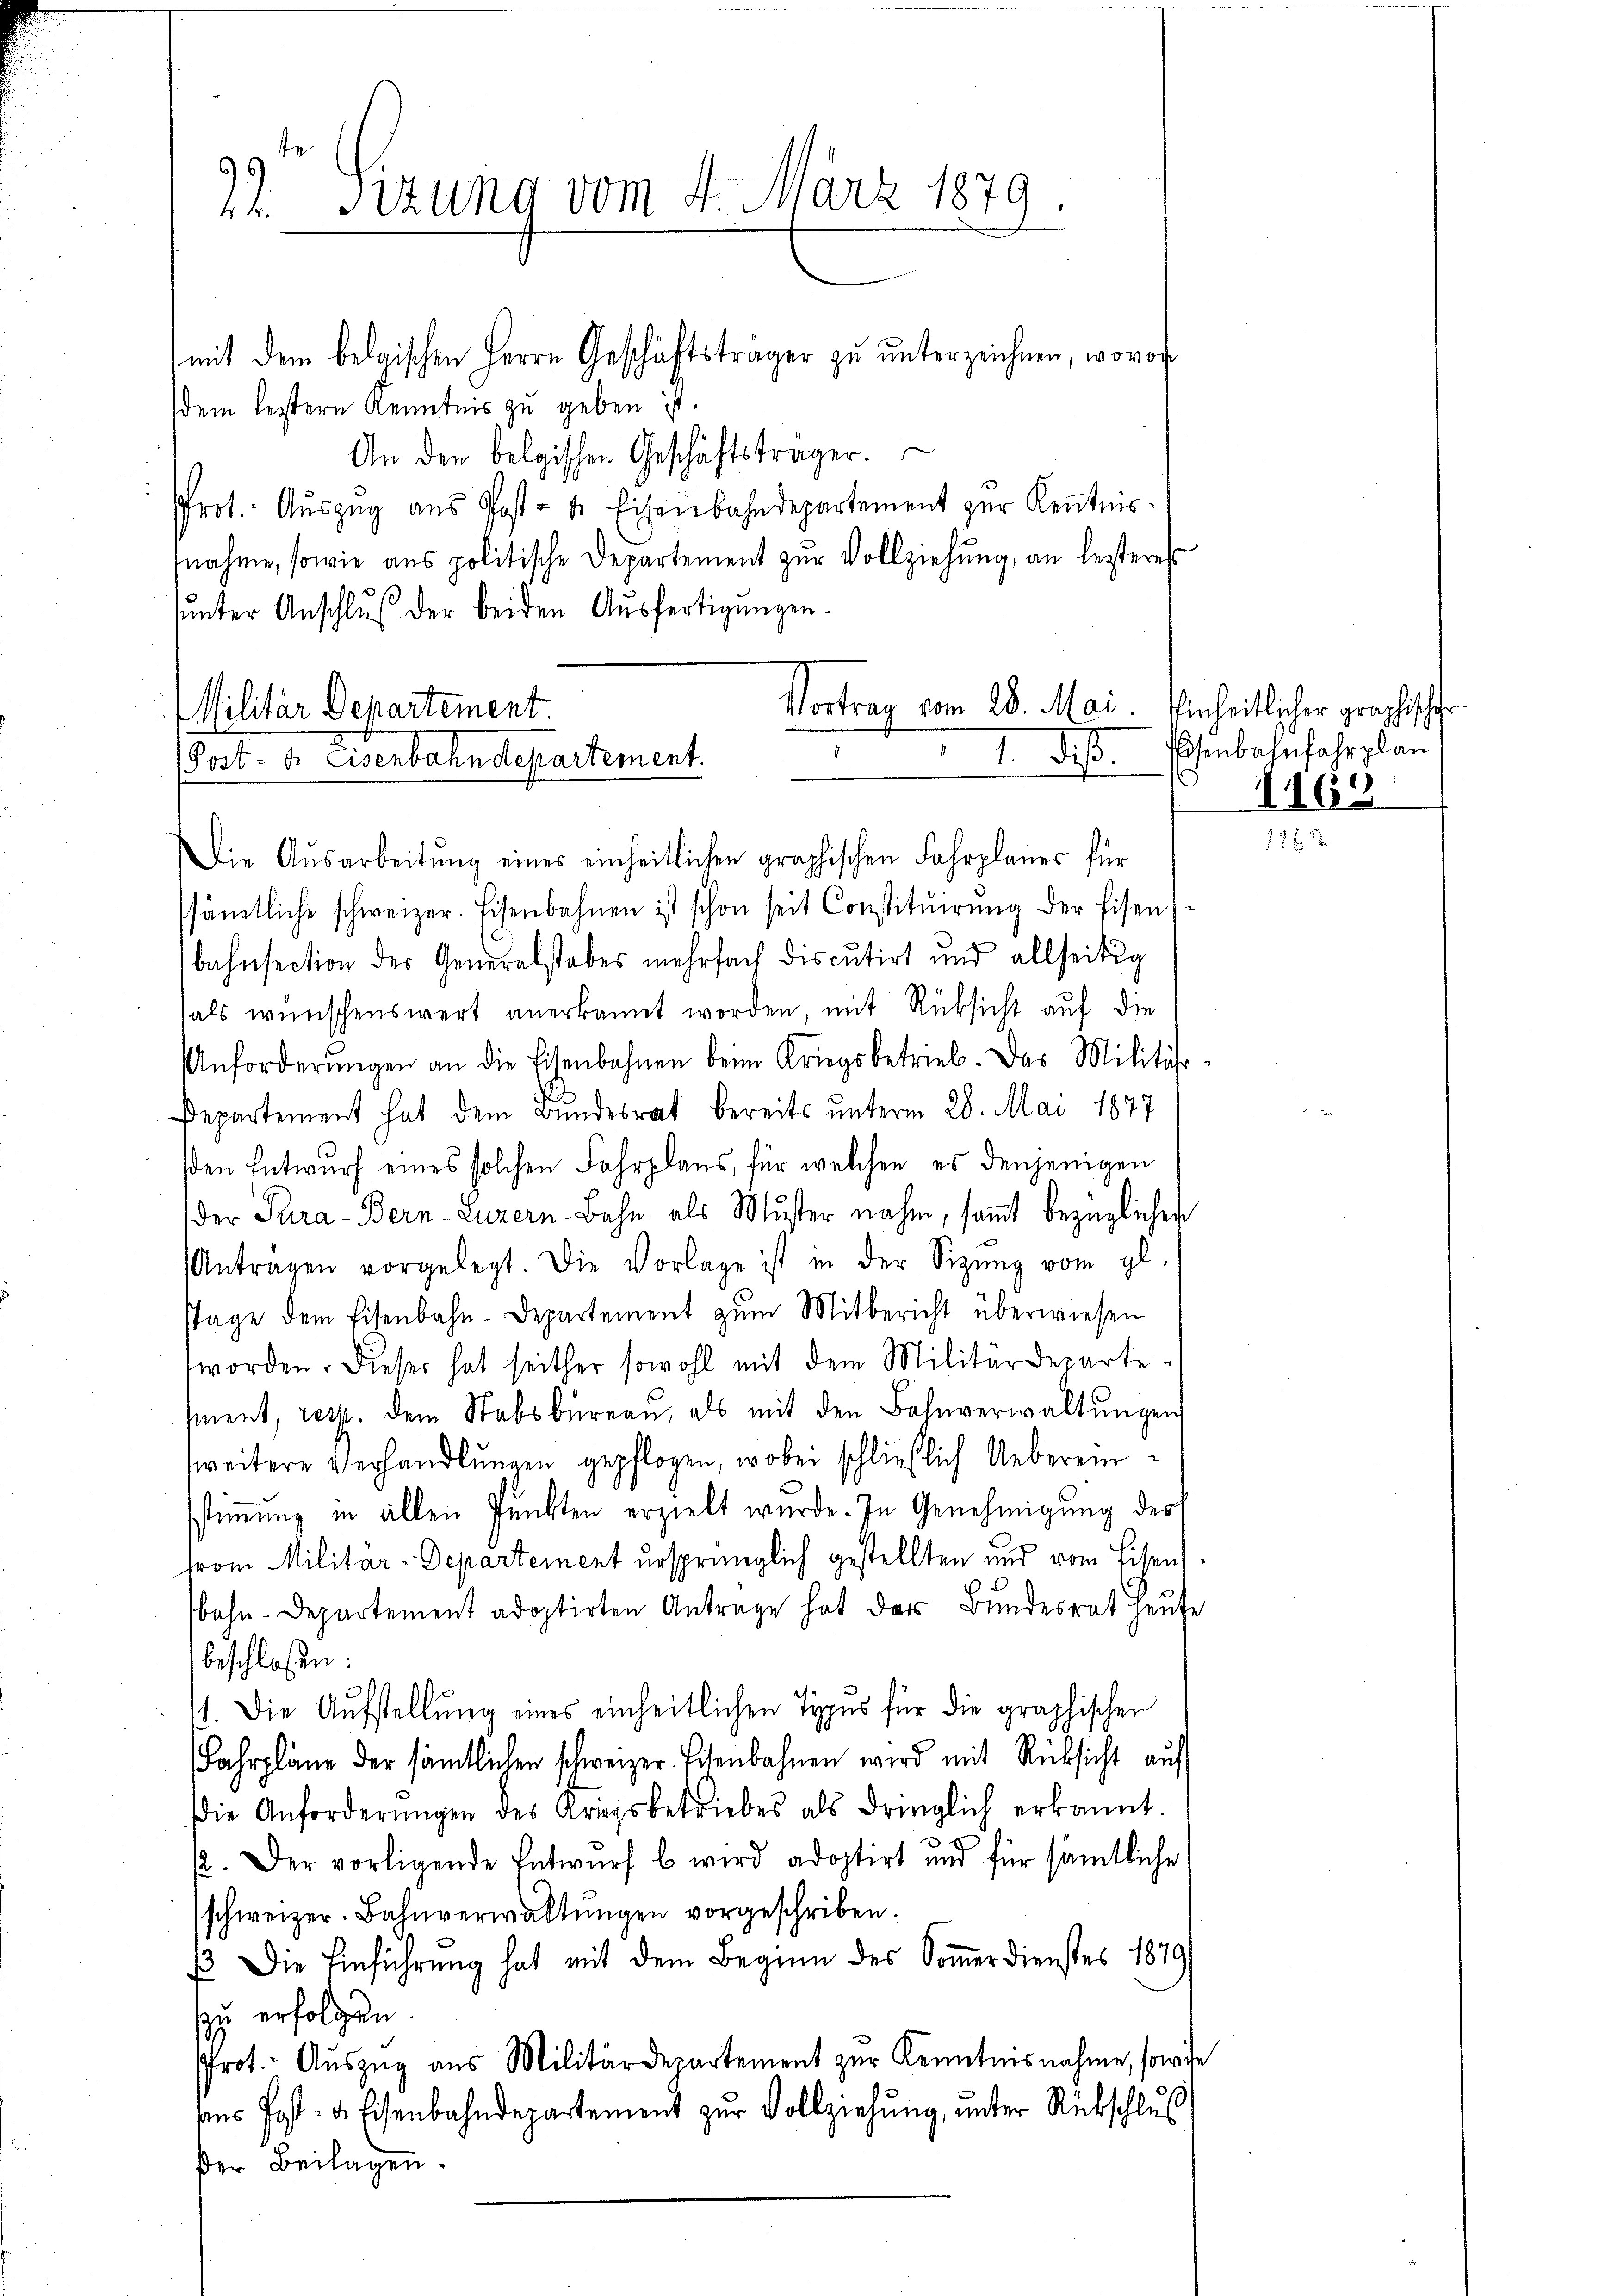
22. Sizung vom 4. März 1870
1

mit dem belgischen Herrn Geschäftsträger zu unterzeichnen, wovon
dem leztern Kenntnis zu geben ist.
An den belgischen Geschäftsträger.
Prot. Aŭszŭg aŭs Post- u. Eisenbahndepartement zŭr Kenntnis-
nahme, sowie ans politische Departement zŭr Vollziehung, an lesteres
unter Anschluß der beiden Ausfertigungen.

Vortrag vom 28. Mai.
Militar Departement
d. d.
Post- u. Eisenbahndepartement.

Die Ausarbeitŭng eines einheitlichen graphischen Fahrplanes für
ssämtliche schweizer. Eisenbahnen ist schon seit Constitŭirŭng der Eisen)
bahnsection des Generalstabes mehrfach discutirt und allseitig
als wünschenswert anerkannt worden, mit Rüksicht auf die
Anforderŭngen an die Eisenbahnen beim Kriegsbetrieb. Das Militär-
Departement hat dem Bundesrat bereits unterm 28. Mai 1877
den Entwurf eines solchen Fahrplans, für welchen es denjenigen
der Tura-Bern-Luzern Bahn als Muster nahm, samt bezüglichen
Antragen vorgelegt. Die Vorlage ist in der Sitzŭng vom gl.
stage dem Eisenbahn-Departement zum Mitbericht überwiesen
worden. Dieser hat seither sowohl mit dem Militärdeparte-
ment, resp. dem Stabsbureau, als mit den Bahnverwaltŭngen
zweitere Verhandlungen gepflogen, wobei schließlich Ueberein
sstimmung in allen Punkten erzielt wurde. In Genehmigung der
from Militar-Departement ursprünglich gestellten und vom Eisen
bahn-Departement adoptirten Antrage hat das Bundesrat Heute
beschloßen:
1. Die Aufstellung eines einheitlichen Typus für die graphischen
Fahrpläne der sämtlichen schweizer Eisenbahnen wird mit Rücksicht auf
Die Anforderŭngen des Kriegsbetriebes als dringlich erkannt.
2. Der vorligende Entwurf b wird adoptirt und für sämtliche
schweizer-Bahnverwaltŭngen vorgeschriben.
ß. Die Einführung hat mit dem Beginn des Sommerdienstes 1879
zu erfolgen.
Prot. Auszug aus Militärdepartement zur Kenntnisnahme, sowie
sins Post- u. Eisenbahndepartement zur Vollziehung, unter Rückschluß
der Beilagen

Einheitlicher graphischer
Psenbahnfahrplan
 1162